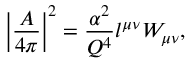
\left| { \frac { \cal A } { 4 \pi } } \right| ^ { 2 } = { \frac { \alpha ^ { 2 } } { Q ^ { 4 } } } l ^ { \mu \nu } W _ { \mu \nu } ,